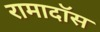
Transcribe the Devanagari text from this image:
रामादॉस